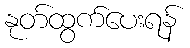
နုတ်ထွက်ပေးရန်